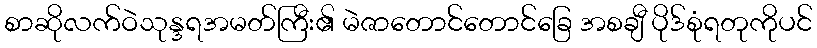
စာဆိုလက်ဝဲသုန္ဒရအမတ်ကြီး၏ မဲဇာတောင်တောင်ခြေ အစချီ ပိုဒ်စုံရတုကိုပင်